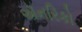
ઍનરિકો